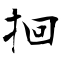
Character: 𫝻